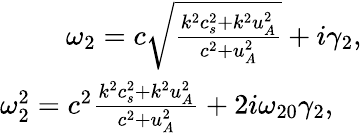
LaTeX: \begin{array}{r}{\omega_{2}=c\sqrt{\frac{k^{2}c_{s}^{2}+k^{2}u_{A}^{2}}{c^{2}+u_{A}^{2}}}+i\gamma_{2},}\\ {\omega_{2}^{2}=c^{2}\frac{k^{2}c_{s}^{2}+k^{2}u_{A}^{2}}{c^{2}+u_{A}^{2}}+2i\omega_{20}\gamma_{2},\quad}\end{array}